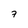
Character: 7